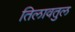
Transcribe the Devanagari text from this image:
तिलावतुल